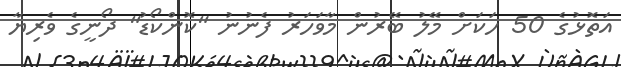
އަތޮޅުގެ 50 ހަކަށް މޭލު ބޭރުން މާވަހަރު ފެނުނު "ކޮންކޯޑު" ދޯނީގެ ވެރިޔާ